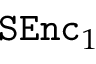
\mathtt { S E n c } _ { 1 }